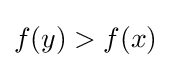
f(y)>f(x)